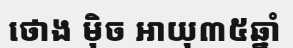
ថោង ម៉ិច អាយុ៣៥ឆ្នាំ